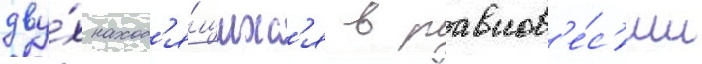
дву́х наход'я́щихс'я в равнов'е́с'ии